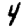
Digit: 4